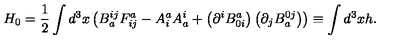
H _ { 0 } = \frac { 1 } { 2 } \int d ^ { 3 } x \left( B _ { a } ^ { i j } F _ { i j } ^ { a } - A _ { i } ^ { a } A _ { a } ^ { i } + \left( \partial ^ { i } B _ { 0 i } ^ { a } \right) \left( \partial _ { j } B _ { a } ^ { 0 j } \right) \right) \equiv \int d ^ { 3 } x h .